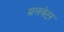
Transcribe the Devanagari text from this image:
मलवेटर